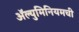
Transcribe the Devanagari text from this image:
ॲल्युमिनियमची